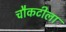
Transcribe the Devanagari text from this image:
चौकटीला